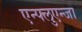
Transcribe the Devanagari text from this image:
एन्फ्लुएन्जा